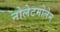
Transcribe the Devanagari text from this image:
नोलेटमोलेन